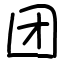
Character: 团